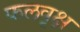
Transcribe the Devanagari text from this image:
फलवृक्ष